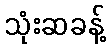
သုံးဆခန့်